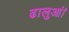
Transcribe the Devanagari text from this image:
ढालुआं।